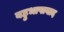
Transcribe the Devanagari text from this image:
बहुभाषावाद